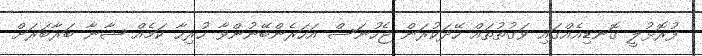
ފުރޮޅުލީ ގޮނޑިއެއްގައި ވަގުތުތައް ހޭދަކުރަން ޖެހުނަސް އަހަރެންބޭނުންވާ ހުރިހާ ކަމެއް ޝާނާ ބަރާބަރަށް